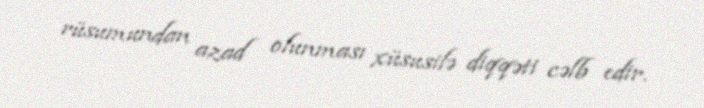
rüsumundan azad olunması xüsusilə diqqəti cəlb edir.